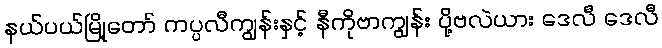
နယ်ပယ်မြို့တော် ကပ္ပလီကျွန်းနှင့် နီကိုဗာကျွန်း ပို့ဗလဲယား ဒေလီ ဒေလီ